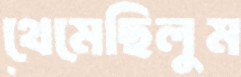
থেমেছিলুম